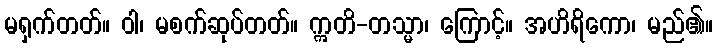
မရှက်တတ်။ ဝါ၊ မစက်ဆုပ်တတ်။ ဣတိ-တသ္မာ၊ ကြောင့်။ အဟိရိကော၊ မည်၏။